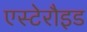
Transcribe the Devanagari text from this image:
एस्टेरौइड